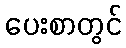
ပေးစာတွင်